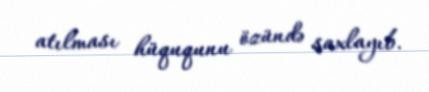
atılması hüququnu özündə saxlayıb.